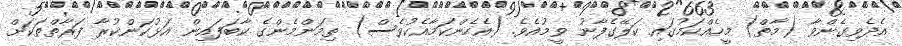
އެދެވިގެންވާ (މާތް) މީހެއްކަމުގައި ކަލޭގެފާނު ވީމުއެވެ. (އެހެންކަމާއެކުވެސް) ތިމަންމެންގެ ކާބަފައިން އަޅުކަންކުރާ ފަރާތްތަކަށް